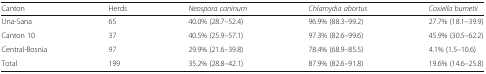
<table><thead><tr><td><b>Canton</b></td><td><b>Herds</b></td><td><b><i>Neospora caninum</i></b></td><td><b><i>Chlamydia abortus</i></b></td><td><b><i>Coxiella burnetii</i></b></td></tr></thead><tbody><tr><td>Una-Sana</td><td>65</td><td>40.0% (28.7–52.4)</td><td>96.9% (88.3–99.2)</td><td>27.7% (18.1–39.9)</td></tr><tr><td>Canton 10</td><td>37</td><td>40.5% (25.9–57.1)</td><td>97.3% (82.6–99.6)</td><td>45.9% (30.5–62.2)</td></tr><tr><td>Central-Bosnia</td><td>97</td><td>29.9% (21.6–39.8)</td><td>78.4% (68.9–85.5)</td><td>4.1% (1.5–10.6)</td></tr><tr><td>Total</td><td>199</td><td>35.2% (28.8–42.1)</td><td>87.9% (82.6–91.8)</td><td>19.6% (14.6–25.8)</td></tr></tbody></table>